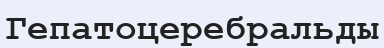
Гепатоцеребральды